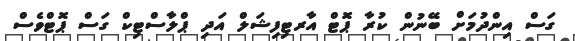
ގަސް އިންދުމަށް ބޭނުން ކުރާ ޕޮޓް އާރޓިފިޝަލް އަދި ޕްލާސްޓިކް ގަސް ޕޮޓްވެސް